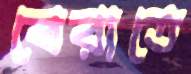
বেরাতে